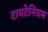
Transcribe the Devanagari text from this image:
टायटेनियम